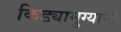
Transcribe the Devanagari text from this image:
किड्यामुग्यानी